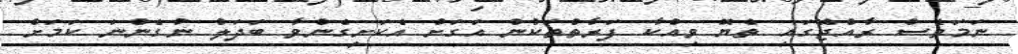
ނަމަވެސް ރާއްޖޭގައި ތެޔޮ ވިއްކާ ފަރާތްތަކުން އަގަށް އެކަށީގެންވާ ބަދަލު ނުގެންނަ ކަމަށް